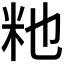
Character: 𫂴